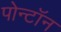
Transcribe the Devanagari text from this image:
पोन्टॉन